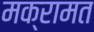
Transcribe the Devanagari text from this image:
मक्रामत